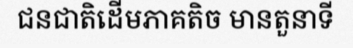
ជនជាតិដើមភាគតិច មានតួនាទី